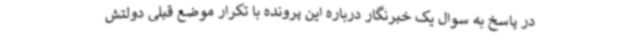
در پاسخ به سوال یک خبرنگار درباره این پرونده با تکرار موضع قبلی دولتش